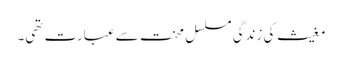
مغیث کی زندگی مسلسل محنت سے عبارت تھی۔